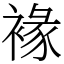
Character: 褖